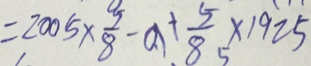
= 2 0 0 5 \times \frac { 5 } { 8 } - 0 . 1 + \frac { 5 } { 8 } \times 1 9 2 5